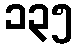
၁၃၅